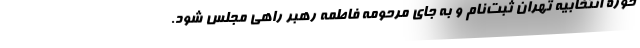
حوزه انتخابیه تهران ثبت‌نام و به جای مرحومه فاطمه رهبر راهی مجلس شود.